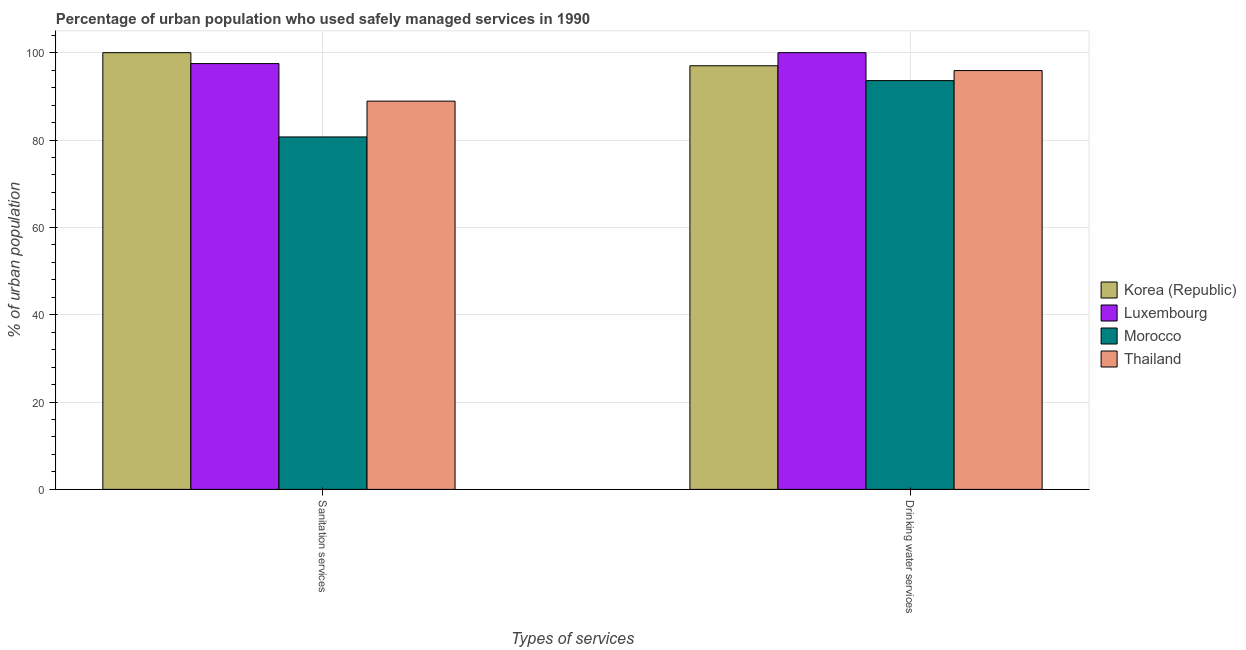
| Types of services | Korea (Republic) | Luxembourg | Morocco | Thailand |
 | --- | --- | --- | --- | --- |
 | Sanitation services | 100 | 97.5 | 80.7 | 88.9 |
 | Drinking water services | 97 | 100 | 93.6 | 95.9 |